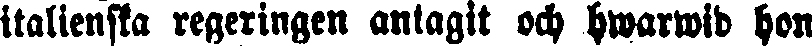
italienska regeringen antagit och hwarwid hon